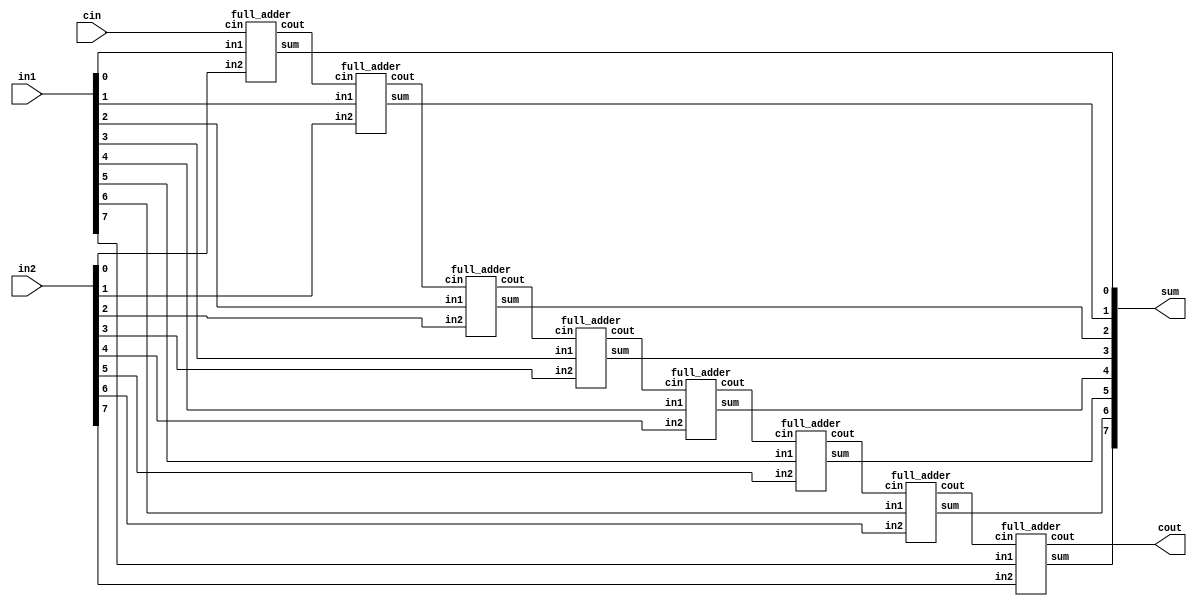
/////////////////////////////////////////////////////////////////////////
////
//// Module Name: Ripple Carry Adder (8-bits)
//// Function: Implements an 8-bit Ripple Carry Adder
////
////////////////////////////////////////////////////////////////////////
module ripple_carry_adder_8(output [7:0] sum,
                      output cout,
                      input [7:0] in1, in2,
                      input cin);
    wire c1, c2, c3, c4, c5, c6, c7;
    full_adder FA1(sum[0], c1, in1[0], in2[0], cin);
    full_adder FA2(sum[1], c2, in1[1], in2[1], c1);
    full_adder FA3(sum[2], c3, in1[2], in2[2], c2);
    full_adder FA4(sum[3], c4, in1[3], in2[3], c3);
    full_adder FA5(sum[4], c5, in1[4], in2[4], c4);
    full_adder FA6(sum[5], c6, in1[5], in2[5], c5);
    full_adder FA7(sum[6], c7, in1[6], in2[6], c6);
    full_adder FA8(sum[7], cout, in1[7], in2[7], c7);
endmodule

module half_adder(output wire sum,
                  output wire cout,
                  input wire in1,
                  input wire in2);
    xor(sum, in1, in2);
    and(cout, in1, in2);
endmodule

module full_adder(output wire sum,
                  output wire cout,
                  input wire in1,
                  input wire in2,
                  input wire cin);
    wire temp1;
    wire temp2;
    wire temp3;
    xor(sum, in1, in2, cin);
    and(temp1,in1,in2);
    and(temp2,in1,cin);
    and(temp3,in2,cin);
    or(cout,temp1,temp2,temp3);
endmodule